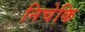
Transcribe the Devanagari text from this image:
निचेकि